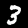
Digit: 3